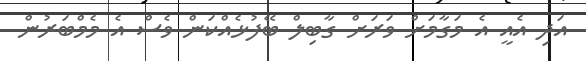
އަދި އެއީ އެ މަގާމަށް ވަރަށް ގާބިލް ބޭފުޅެއްކަން ވެސް އެ މެމްބަރުން